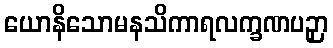
ယောနိသောမနသိကာရလက္ခဏပဉှာ